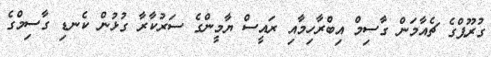
ގުރޫޕްގެ ޗެއާމަން ގާސިމް އިބްރާހިމާއި ރައީސް ޔާމީންގެ ސަރުކާރާ ގުޅުން ކެނޑި ގާސިމްގެ